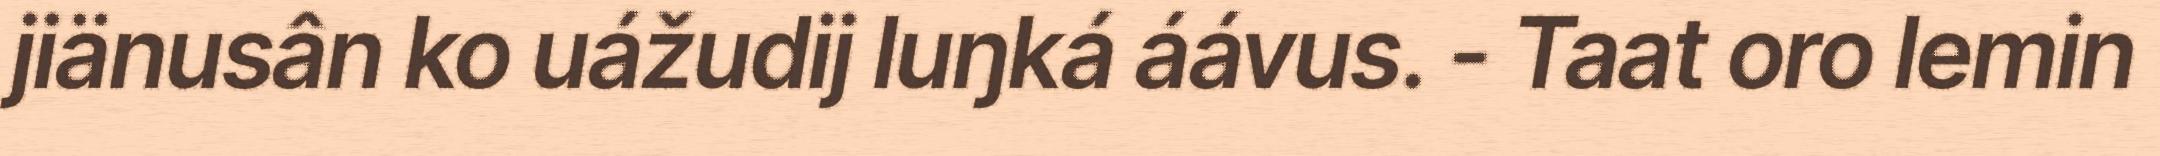
jiänusân ko uážudij luŋká áávus. - Taat oro lemin